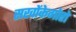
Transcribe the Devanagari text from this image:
सखोंकेगोरो